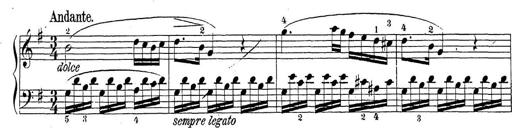
Title: Sonatina Album
Composer: Louis KÃ¶hler